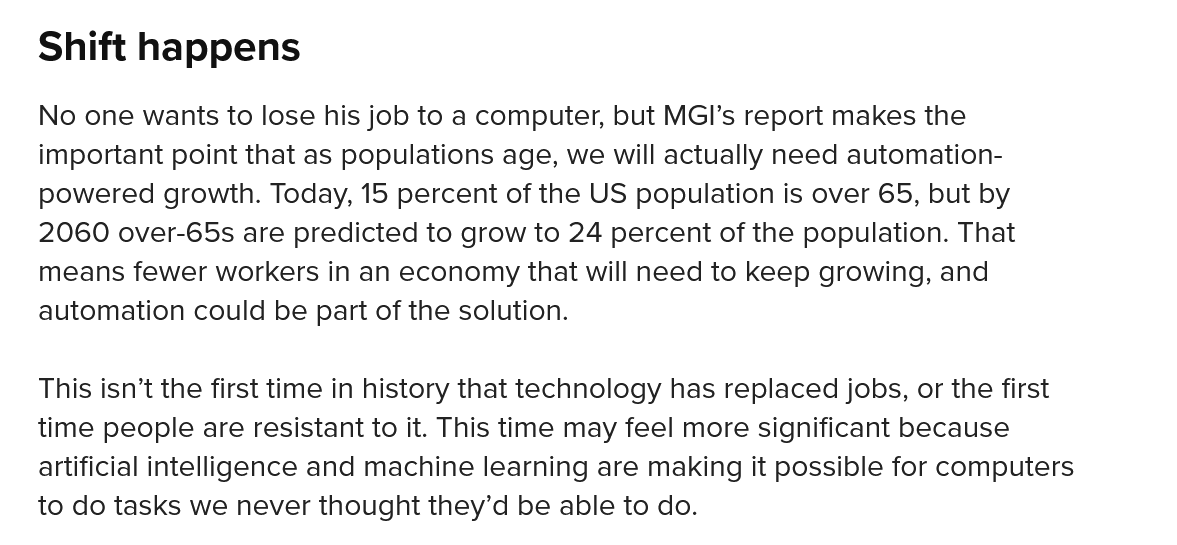
This isn’t the first time in history that technology has replaced jobs, or the first
   time people are resistant to it. This time may feel more significant because
   artificial intelligence and machine learning are making it possible for computers
   to do tasks we never thought they’d be able to do.
   No one wants to lose his job to a computer, but MGI’s report makes the
   important point that as populations age, we will actually need automation-
   powered  growth. Today, 15 percent of the US population is over 65, but by
   2060  over-65s are predicted to grow to 24 percent of the population. That
   means fewer workers in an economy that will need to keep growing, and
   automation could be part of the solution.
   Shift  happens